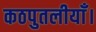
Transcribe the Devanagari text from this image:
कठपुतलीयाँ।